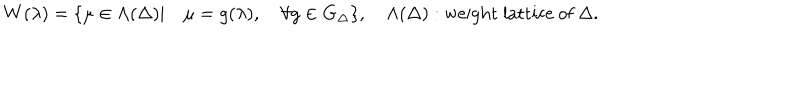
W ( { \lambda } ) = \{ \mu \in \Lambda ( \Delta ) | \quad \mu = g ( \lambda ) , \quad \forall g \in G _ { \Delta } \} , \quad \Lambda ( \Delta ) : \mathrm { w e i g h t ~ l a t t i c e ~ o f } \ \Delta .